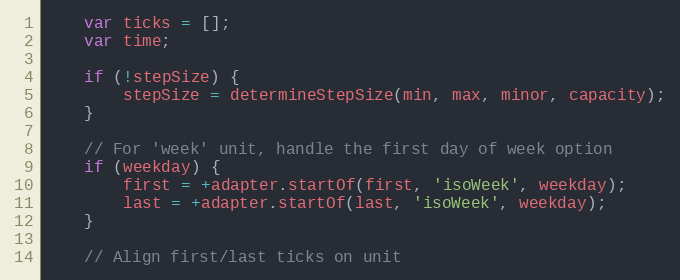
Language: JavaScript
	var ticks = [];
	var time;

	if (!stepSize) {
		stepSize = determineStepSize(min, max, minor, capacity);
	}

	// For 'week' unit, handle the first day of week option
	if (weekday) {
		first = +adapter.startOf(first, 'isoWeek', weekday);
		last = +adapter.startOf(last, 'isoWeek', weekday);
	}

	// Align first/last ticks on unit